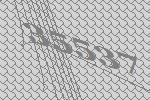
35537